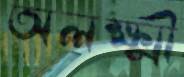
অলক্ষ্মী